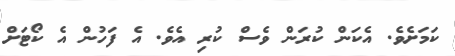
ކަމަށެވެ. އެކަން ކުރަން ވެސް ކުރި އެވެ. އެ ފަހުން އެ ކޯޓަށް